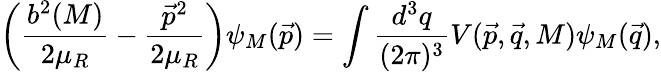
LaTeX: \left(\frac{b^{2}(M)}{2\mu_{R}}-\frac{\vec{p}^{2}}{2\mu_{R}}\right)\psi_{M}(\vec{p})=\int\frac{d^{3}q}{(2\pi)^{3}}V(\vec{p},\vec{q},M)\psi_{M}(\vec{q}),